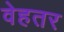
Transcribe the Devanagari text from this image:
वेहतर